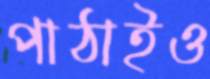
পাঠাইও